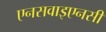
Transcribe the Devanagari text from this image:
एनसवाइएनसी